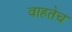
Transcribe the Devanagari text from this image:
वाहतेच